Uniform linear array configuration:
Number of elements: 12
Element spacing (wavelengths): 1
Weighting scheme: exponential
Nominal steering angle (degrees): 15
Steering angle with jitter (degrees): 14.826
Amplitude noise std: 0.05
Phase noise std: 0.05

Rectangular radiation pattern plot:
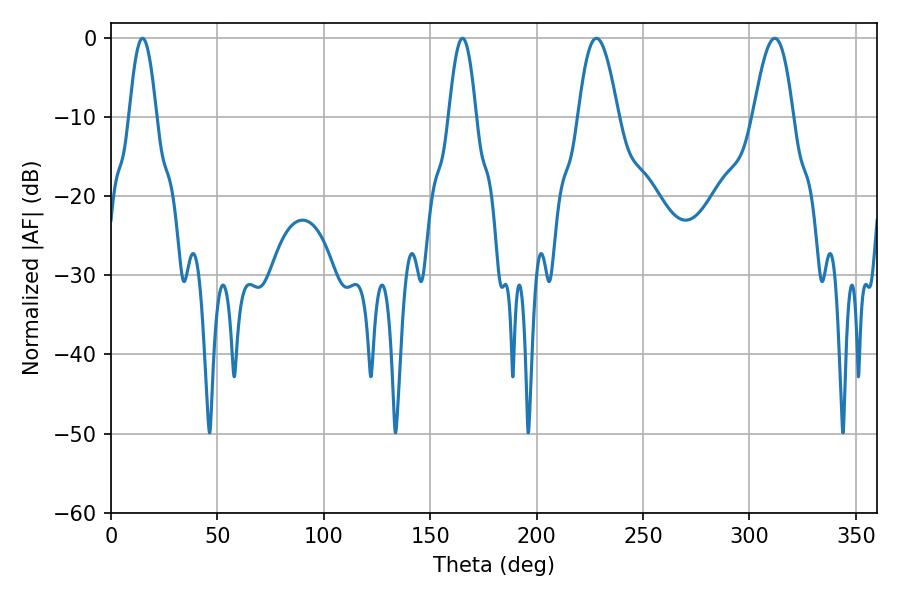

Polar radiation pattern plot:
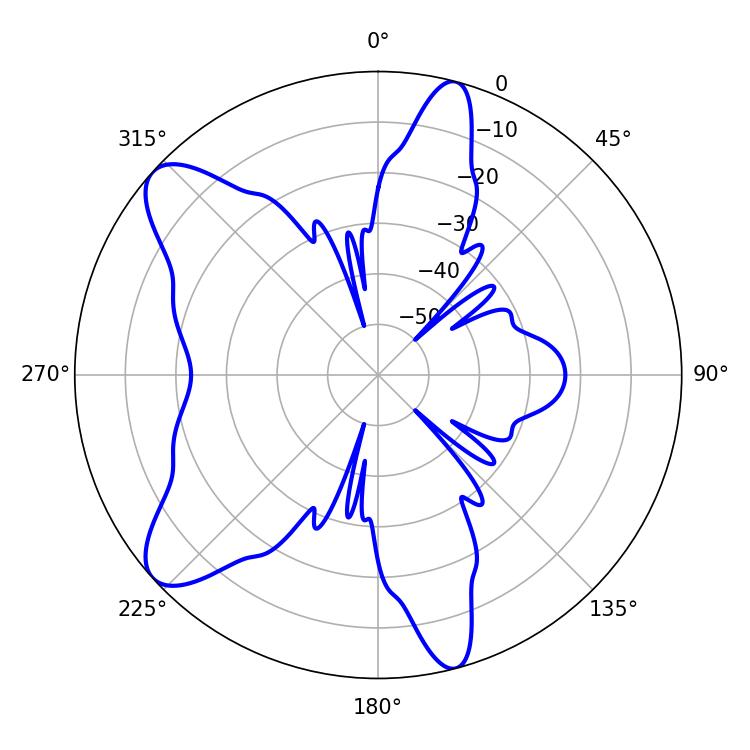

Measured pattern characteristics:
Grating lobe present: TRUE
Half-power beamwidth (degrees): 10.26
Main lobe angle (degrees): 228.06